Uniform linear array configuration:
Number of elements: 8
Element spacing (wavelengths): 0.5
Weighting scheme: hamming
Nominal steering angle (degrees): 60
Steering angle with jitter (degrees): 59.379
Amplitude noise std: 0.05
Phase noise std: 0.05

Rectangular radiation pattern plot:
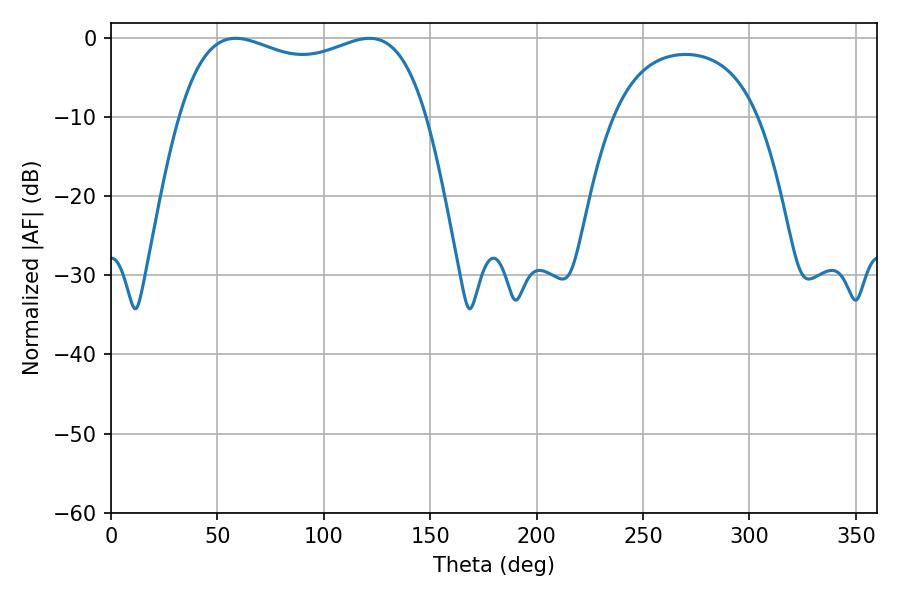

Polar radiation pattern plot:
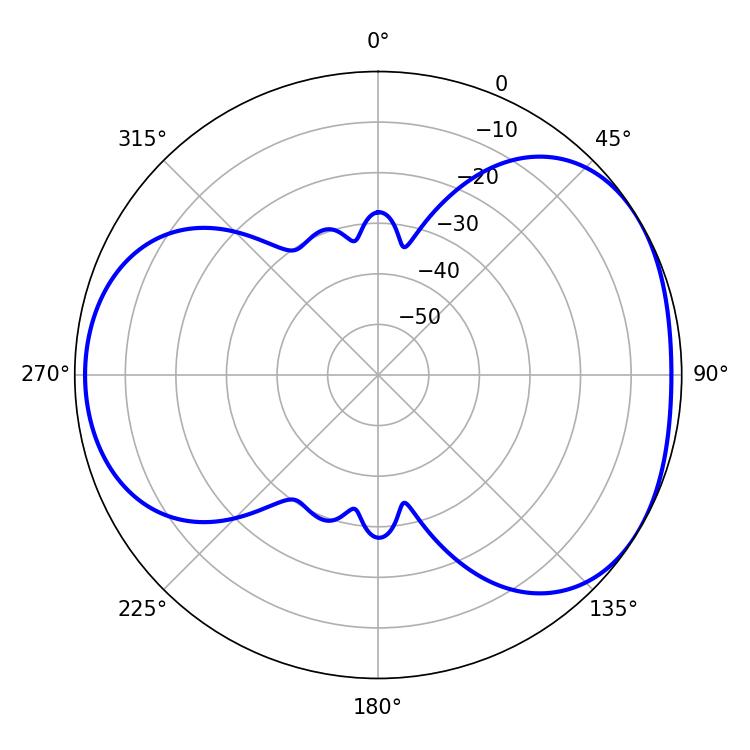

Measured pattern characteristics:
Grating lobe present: FALSE
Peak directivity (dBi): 4.2
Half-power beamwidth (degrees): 95.04
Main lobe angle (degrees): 121.5